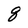
Character: q